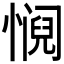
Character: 𫻁